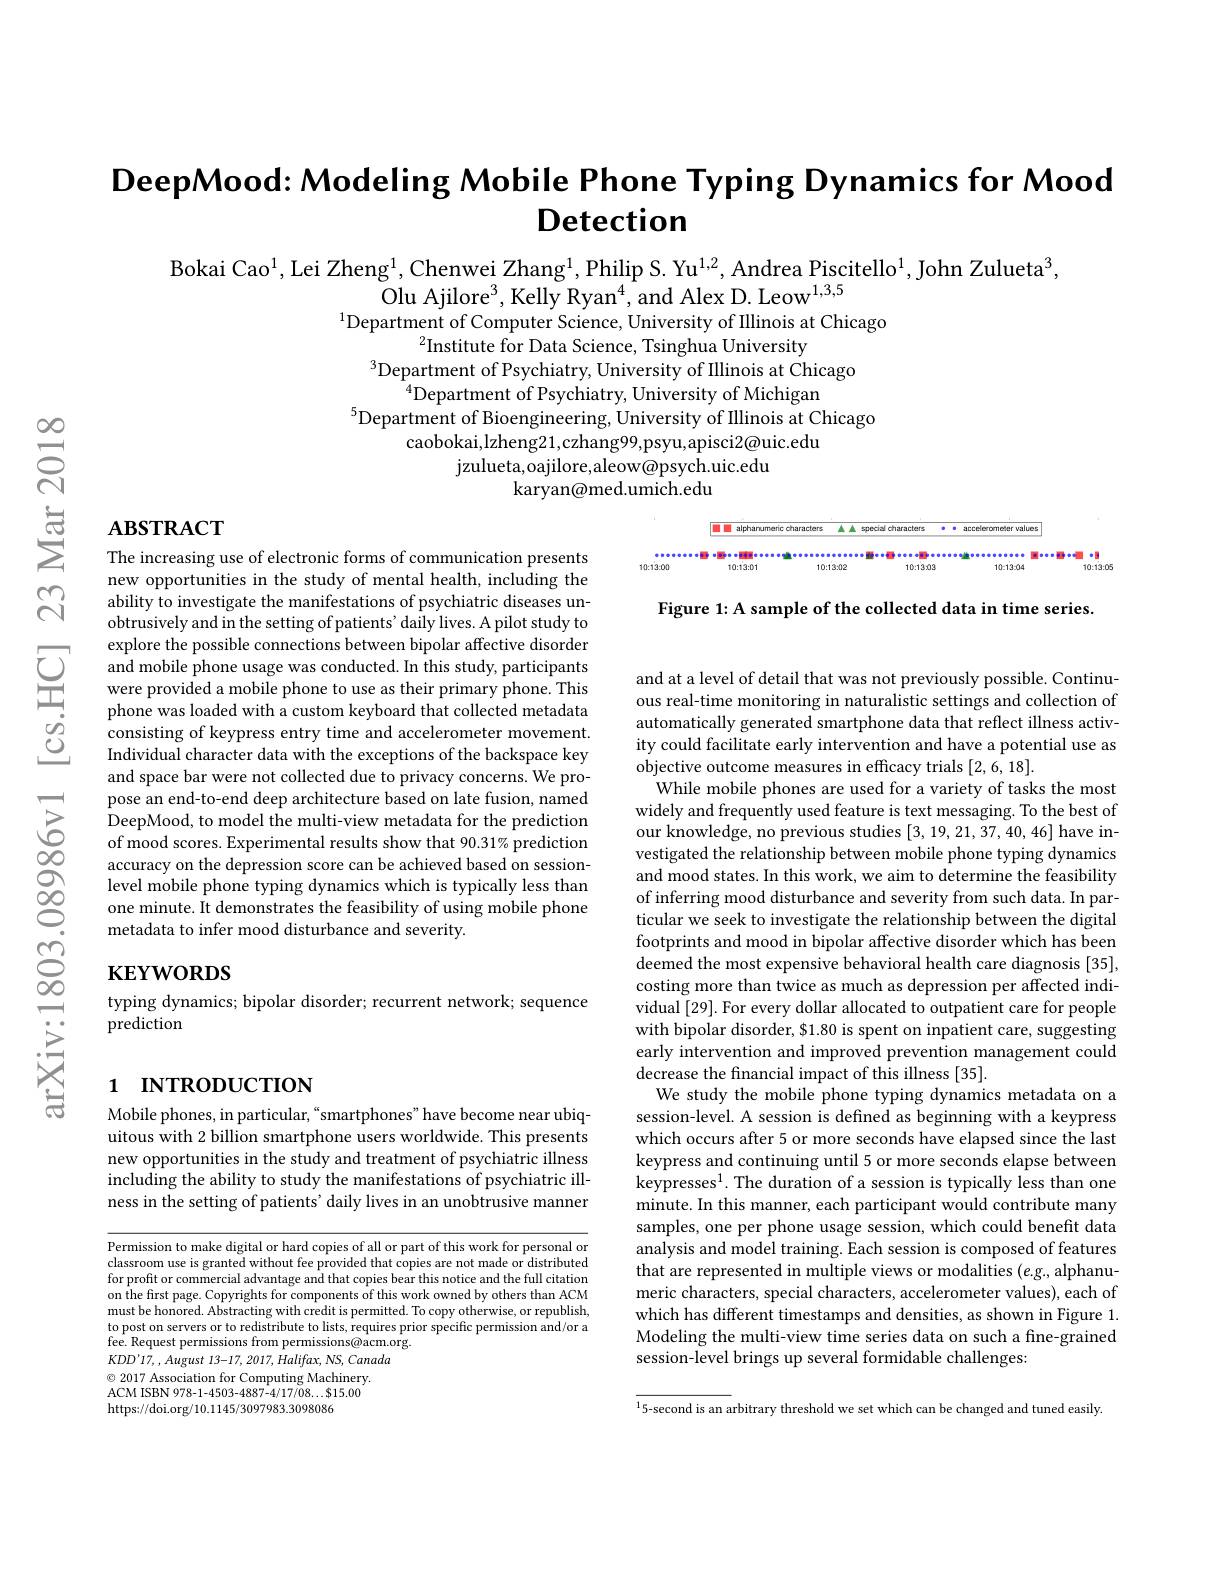
$\textbf{DeepMood: Modeling Mobile Phone Typing Dynamics for Mood}$
# $\textbf{Detection}$

Bokai Cao$^1$,Lei Zheng$^1$,Chenwei Zhang$^1$,Philip S. Yu$^1,2$,Andrea Piscitello$^1$,John Zulueta$^3$,
Olu Ajilore$^3$,Kelly Ryan
$^{1}$Department of Computer
$^{2}$Institute for Data Sci

$^3$Department of Psychiatry
$^{4}$Department of Psychiat
$^{5}$Department of Bioengineering, University of Illinois at Chicago
caobokai,lzheng21,czhang99,p
jzulueta,oajilore,aleow@psych.uic.edu
karyan@med.umich.edu

acceleromete

# $\mathbf{ABSTRACT}$

A special character

$\boxed{\blacksquare\blacksquare\blacksquare\text{ alpharumeric characters}}$

0.0.0.0.0.0.0.0.0.0.0.0.0.0
10:13:04
10:13:05

Figure 1: A sample of the collected data in time series.

The increasing use of electr new opportunities in the study of mental health, including the ability to investigate the manifestations of psychiatric diseases un- $\dot{\text{obtrusively and in the s}}$ explore the possible connect and mobile phone usage was c were provided a mobile phone to use as their primary phone. This phone was loaded with a custom keyboard that collected metadata consisting of keypress entry Individual character data with the exceptions of the backspace key and space bar were not collected due to privacy concerns. We propose an end-to-end deep architecture based on late fusion, named DeepMood, to model the multi-view metadata for the prediction of mood scores. Experimental results show that 90.31% prediction accuracy on the depression score can be achieved based on sessionlevel mobile phone typing dynamics which is typically less than one minute. It demonstrates the feasibility of using mobile phone metadata to infer mood disturbance and severity.

# $\mathbf{KEYWORDS}$

typing dynamics; bipolar disorder; recurrent network; sequence
prediction

and at a level of detail that was not previously possible. Continuous real-time monitoring in naturalistic settings and collection of automatically generated smartphone data that reflect illness activity could facilitate early intervention and have a potential use as objective outcome measures in efficacy trials [2,6,18].
While mobile phones are used for a variety of tasks the most widely and frequently used feature is text messaging. To the best of our knowledge, no previous studies [3,19,21,37,40,46] have investigated the relationship between mobile phone typing dynamics and mood states. In this work, we aim to determine the feasibility of inferring mood disturbance and severity from such data. In particular we seek to investigate the relationship between the digital footprints and mood in bipolar affective disorder which has been deemed the most expensive behavioral health care diagnosis [35], costing more than twice as much as depression per affected individual [29]. For every dollar allocated to outpatient care for people with bipolar disorder, $1.80 is spent on inpatient care, suggesting early intervention and improved prevention management could decrease the financial impact of this illness [35].
We study the mobile phone typing dynamics metadata on a session-level. A session is defined as beginning with a keypress which occurs after 5 or more seconds have elapsed since the last keypress and continuing until 5 or more seconds elapse between keypresses$^1.$ The duration of a session is typically less than one minute. In this manner, each participant would contribute many samples, one per phone usage session, which could benefit data analysis and model training. Each session is composed of features that are represented in multiple views or modalities (e.g., alphanumeric characters, special characters, accelerometer values), each of which has different timestamps and densities, as shown in Figure 1. Modeling the multi-view time series data on such a fine-grained session-level brings up several formidable challenges:

# 1 INTRODUCTION

Mobile phones, in particular, “smartphones”have become near ubiquitous with 2 billion smartphone users worldwide. This presents new opportunities in the study and treatment of psychiatric illness including the ability to study the manifestations of psychiatric illness in the setting of patients' daily lives in an unobtrusive manner

Permission to make digital or hard copies of all or part of this work for personal or classroom use is granted without fee provided that copies are not made or distributed for profit or commercial advantage and that copies bear this notice and the full citation on the first page. Copyrights for components of this work owned by others than ACM must be honored. Abstracting with credit is permitted. To copy otherwise, or republish, to post on servers or to redistribute to lists, requires prior specific permission and/or a fee. Request permissions from permissions@acm.org.
$KDD^{\prime }17$, , August 13-17, 2017, $Halifax$, $NS$, Canada
$\odot2017$ Association for Computing Machinery. ACM ISBN 978-1-4503-4887-4/17/08...$15.00 https://doi.org/10.1145/3097983.3098086

$^{1}$5-second is an arbitrary threshold we set which can be changed and tuned easily